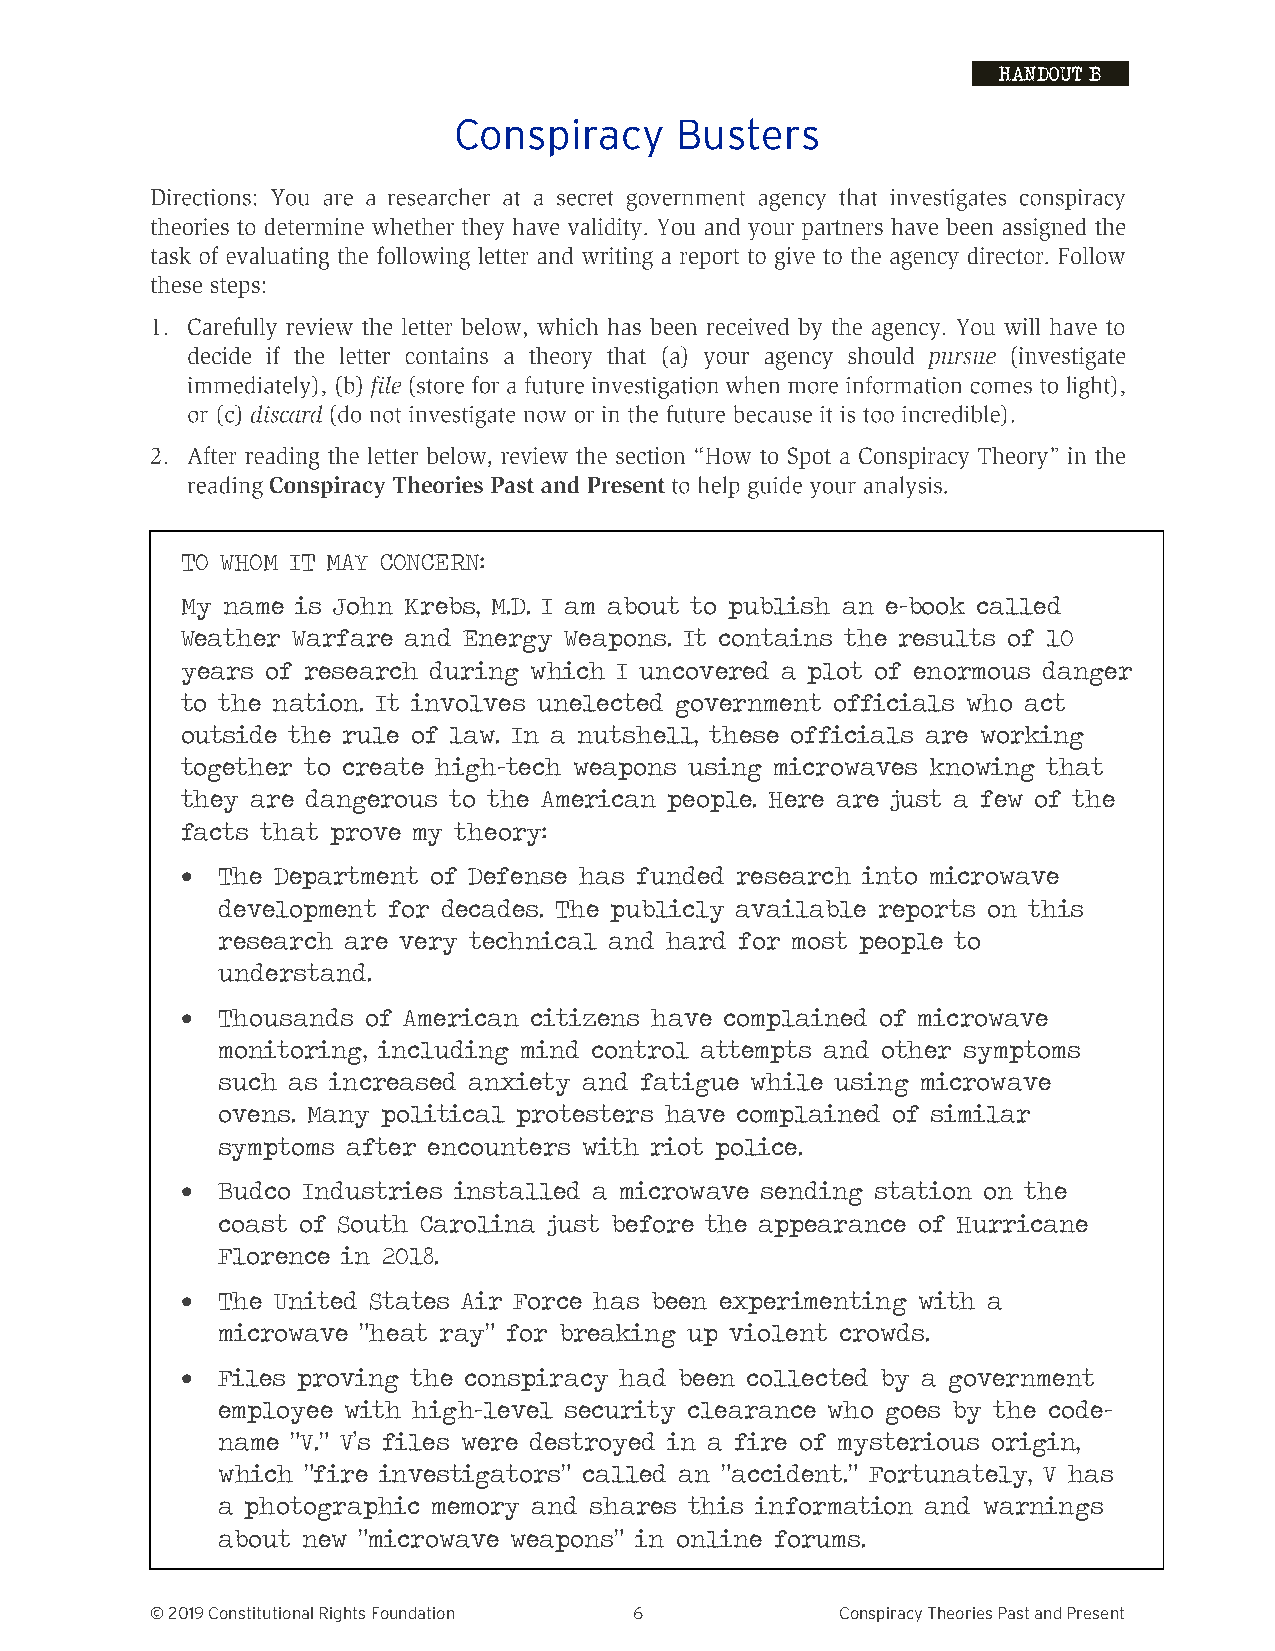
HANDOUT B
 Conspiracy     Busters
 TO WHOM IT MAY CONCERN:
 My name is John Krebs, M.D. I am about to publish an e-book called
 Weather Warfare and Energy Weapons. It contains the results of 10
 years of research during which I uncovered a plot of enormous danger
 to the nation. It involves unelected government officials who act
 outside the rule of law. In a nutshell, these officials are working
 together to create high-tech weapons using microwaves knowing that
 they are dangerous to the American people. Here are just a few of the
 facts that prove my theory:
 • The Department of Defense has funded research into microwave
 development for decades. The publicly available reports on this
 research are very technical and hard for most people to
 understand.
 • Thousands of American citizens have complained of microwave
 monitoring, including mind control attempts and other symptoms
 such as increased anxiety and fatigue while using microwave
 ovens. Many political protesters have complained of similar
 symptoms after encounters with riot police.
 • Budco Industries installed a microwave sending station on the
 coast of South Carolina just before the appearance of Hurricane
 Florence in 2018.
 • The United States Air Force has been experimenting with a
 microwave “heat ray” for breaking up violent crowds.
 • Files proving the conspiracy had been collected by a government
 employee with high-level security clearance who goes by the code-
 name “V.” V’s files were destroyed in a fire of mysterious origin,
 which “fire investigators” called an “accident.” Fortunately, V has
 a photographic memory and shares this information and warnings
 about new “microwave weapons” in online forums.
 © 2019 Constitutional Rights Foundation 6     Conspiracy Theories Past and Present